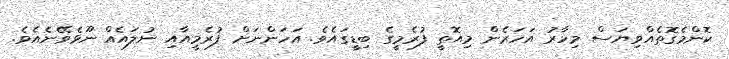
ކޮންމެގޮތެއްވިޔަސް މިހާރު އަހަރެން މިއޮތީ ފުރެމީގެ ބިޑީގައެވެ. އަހަންނަށް ފުރެމީއާއި ނުލައެއް ނޫޅެވޭނެއެވެ.